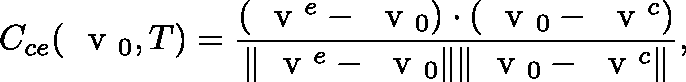
C _ { c e } ( \mathrm { ~ \boldmath ~ v ~ } _ { 0 } , T ) = \frac { ( \mathrm { ~ \boldmath ~ v ~ } ^ { e } - \mathrm { ~ \boldmath ~ v ~ } _ { 0 } ) \cdot ( \mathrm { ~ \boldmath ~ v ~ } _ { 0 } - \mathrm { ~ \boldmath ~ v ~ } ^ { c } ) } { \| \mathrm { ~ \boldmath ~ v ~ } ^ { e } - \mathrm { ~ \boldmath ~ v ~ } _ { 0 } \| \| \mathrm { ~ \boldmath ~ v ~ } _ { 0 } - \mathrm { ~ \boldmath ~ v ~ } ^ { c } \| } ,